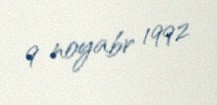
9 noyabr 1992